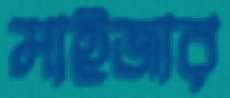
মাইজার